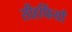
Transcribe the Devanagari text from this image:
सीहफिंयाँ